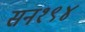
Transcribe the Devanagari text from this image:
सन१९४